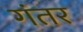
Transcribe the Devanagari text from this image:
गंतर